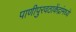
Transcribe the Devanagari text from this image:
पाणीपुरवठाकेंद्रांमध्ये